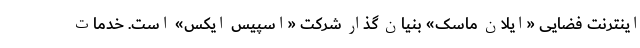
اینترنت فضایی «ایلان ماسک» بنیان گذار شرکت «اسپیس ایکس» است. خدمات